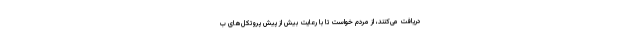
دریافت می‌کنند، از مردم خواست تا با رعایت بیش از پیش پروتکل‌های ب